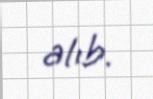
alıb.